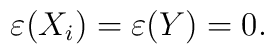
\varepsilon  (X_i) = \varepsilon ( Y ) = 0.